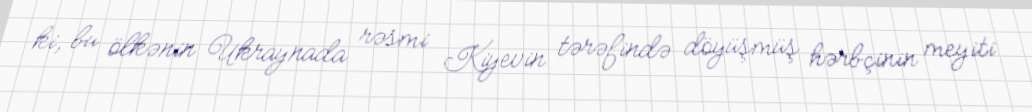
ki, bu ölkənin Ukraynada rəsmi Kiyevin tərəfində döyüşmüş hərbçinin meyiti